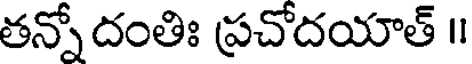
తన్నో దంతిః ప్రచోదయాత్ ॥